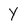
Character: Y